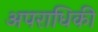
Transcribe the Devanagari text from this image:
अपराधिकी